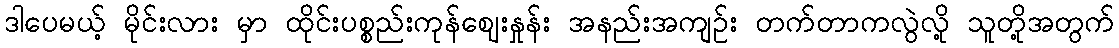
ဒါပေမယ့် မိုင်းလား မှာ ထိုင်းပစ္စည်းကုန်ဈေးနှုန်း အနည်းအကျဉ်း တက်တာကလွဲလို့ သူတို့အတွက်